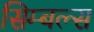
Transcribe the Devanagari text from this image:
सिम्बल्स